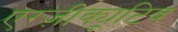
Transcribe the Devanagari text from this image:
एग्ज़ीक्यूटिव